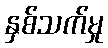
နှစ်သက်မှု